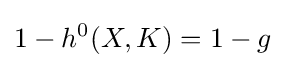
1-h^{0}(X,K)=1-g